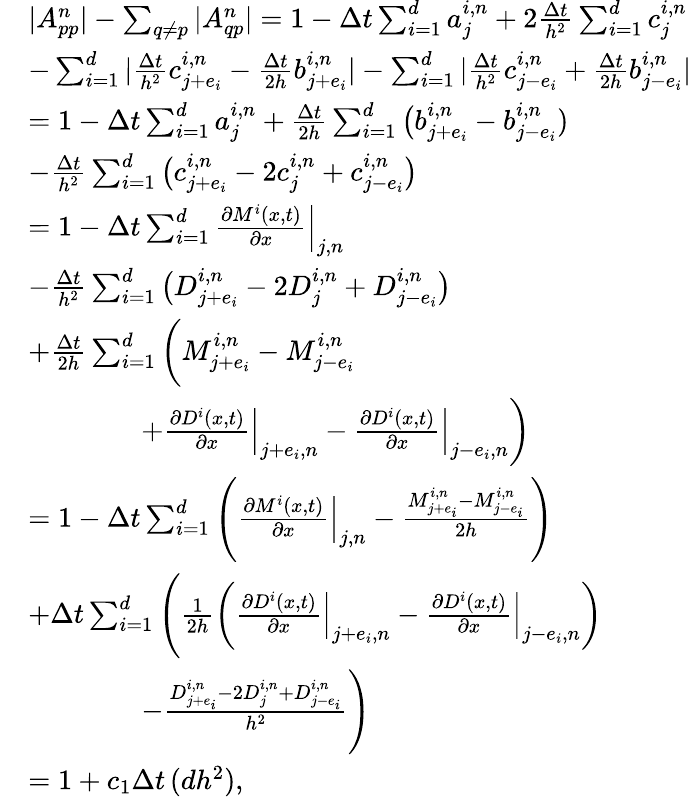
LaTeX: \begin{array}{rl}&{|A_{pp}^{n}|-\sum_{q\neq p}|A_{qp}^{n}|=1-\Delta t\sum_{i=1}^{d}a_{j}^{i,n}+2\frac{\Delta t}{h^{2}}\sum_{i=1}^{d}c_{j}^{i,n}}\\ &{-\sum_{i=1}^{d}|\frac{\Delta t}{h^{2}}c_{j+e_{i}}^{i,n}-\frac{\Delta t}{2h}b_{j+e_{i}}^{i,n}|-\sum_{i=1}^{d}|\frac{\Delta t}{h^{2}}c_{j-e_{i}}^{i,n}+\frac{\Delta t}{2h}b_{j-e_{i}}^{i,n}|}\\ &{=1-\Delta t\sum_{i=1}^{d}a_{j}^{i,n}+\frac{\Delta t}{2h}\sum_{i=1}^{d}\big(b_{j+e_{i}}^{i,n}-b_{j-e_{i}}^{i,n})}\\ &{-\frac{\Delta t}{h^{2}}\sum_{i=1}^{d}\big(c_{j+e_{i}}^{i,n}-2c_{j}^{i,n}+c_{j-e_{i}}^{i,n}\big)}\\ &{=1-\Delta t\sum_{i=1}^{d}\frac{\partial M^{i}(x,t)}{\partial x}\Big|_{j,n}}\\ &{-\frac{\Delta t}{h^{2}}\sum_{i=1}^{d}\big(D_{j+e_{i}}^{i,n}-2D_{j}^{i,n}+D_{j-e_{i}}^{i,n}\big)}\\ &{+\frac{\Delta t}{2h}\sum_{i=1}^{d}\bigg(M_{j+e_{i}}^{i,n}-M_{j-e_{i}}^{i,n}}\\ &{\qquad\qquad+\frac{\partial D^{i}(x,t)}{\partial x}\Big|_{j+e_{i},n}-\frac{\partial D^{i}(x,t)}{\partial x}\Big|_{j-e_{i},n}\bigg)}\\ &{=1-\Delta t\sum_{i=1}^{d}\Bigg(\frac{\partial M^{i}(x,t)}{\partial x}\Big|_{j,n}-\frac{M_{j+e_{i}}^{i,n}-M_{j-e_{i}}^{i,n}}{2h}\Bigg)}\\ &{+\Delta t\sum_{i=1}^{d}\Bigg(\frac{1}{2h}\bigg(\frac{\partial D^{i}(x,t)}{\partial x}\Big|_{j+e_{i},n}-\frac{\partial D^{i}(x,t)}{\partial x}\Big|_{j-e_{i},n}\bigg)}\\ &{\qquad\qquad-\frac{D_{j+e_{i}}^{i,n}-2D_{j}^{i,n}+D_{j-e_{i}}^{i,n}}{h^{2}}\Bigg)}\\ &{=1+c_{1}\Delta t\, (dh^{2}),}\end{array}